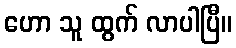
ဟော သူ ထွက် လာပါပြီ။